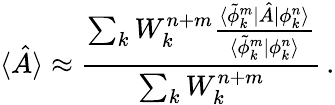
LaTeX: \langle\hat{A}\rangle\approx\frac{\sum_{k}W_{k}^{n+m}\frac{\langle\tilde{\phi}_{k}^{m}|\hat{A}|\phi_{k}^{n}\rangle}{\langle\tilde{\phi}_{k}^{m}|\phi_{k}^{n}\rangle}}{\sum_{k}W_{k}^{n+m}}\, .